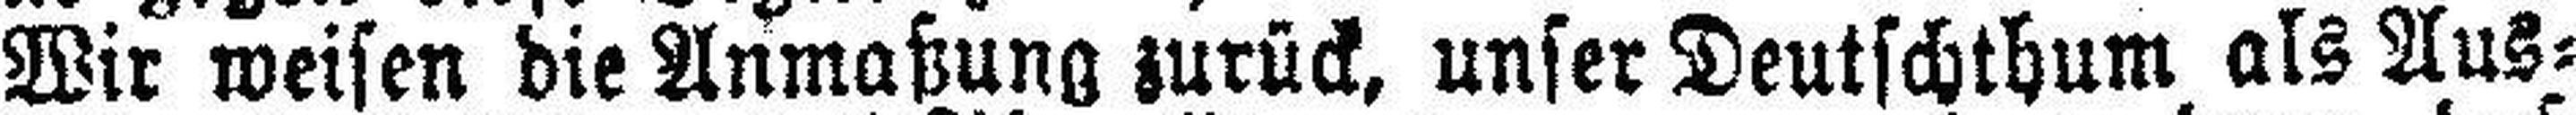
Wir weisen die Anmaßung zurück, unser Deutschthum als Aus¬